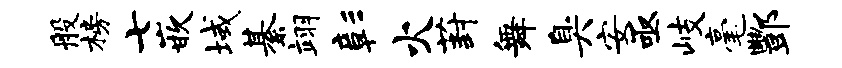
般榜七嵌域綦翊彰火葑舞臭安亟岐毫酆